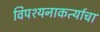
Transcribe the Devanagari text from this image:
विपश्यनाकर्त्याचा